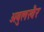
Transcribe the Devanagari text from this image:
अबुलखैर